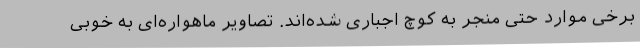
برخی موارد حتی منجر به کوچ اجباری شده‌اند. تصاویر ماهواره‌ای به خوبی